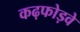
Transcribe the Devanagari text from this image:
कढ़फोड़वे